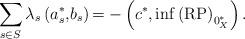
LaTeX: \begin{align*}{{{\sum\limits_{s\in S}{{\lambda _{s}}}}}}\left( {{{{{{a_{s}^{\ast },}b_{s}}}}}}\right) {=-}\left( c^{\ast },\inf \mathrm{(RP)}_{0_{X}^{\ast }}\right) .\end{align*}